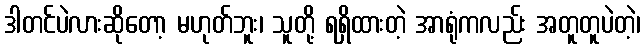
ဒါတင်ပဲလားဆိုတော့ မဟုတ်ဘူး၊ သူတို့ ရရှိထားတဲ့ အာရုံကလည်း အတူတူပဲတဲ့၊